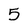
Character: 5